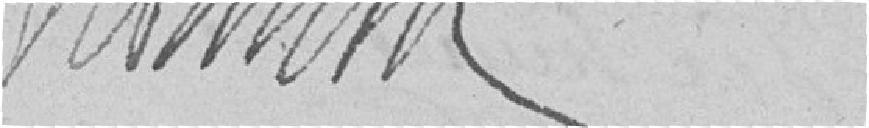
Monnin